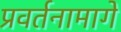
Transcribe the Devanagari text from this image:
प्रवर्तनामागे